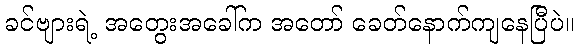
ခင်ဗျားရဲ့ အတွေးအခေါ်က အတော် ခေတ်နောက်ကျနေပြီပဲ။